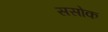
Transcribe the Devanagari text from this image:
ससोक